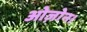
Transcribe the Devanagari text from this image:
ओज़ोन।